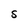
Character: S